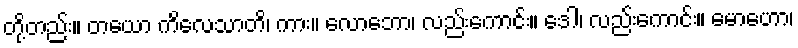
တို့တည်း။ တယော ကိလေသာတိ၊ ကား။ လောဘော၊ လည်းကောင်း။ ဒေါ၊ လည်းကောင်း။ မောဟော၊